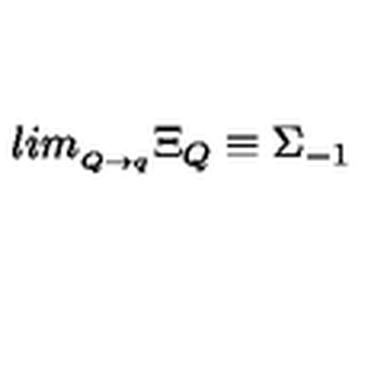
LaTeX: l i m _ { _ { Q \rightarrow q } } \Xi _ { Q } \equiv \Sigma _ { - 1 }